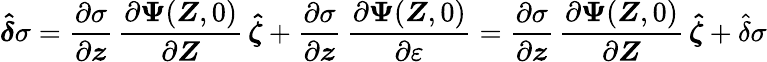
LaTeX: \boldsymbol{\hat{\delta}}\sigma=\frac{\partial\sigma}{\partial\boldsymbol z}\, \frac{\partial\boldsymbol{\Psi}(\boldsymbol{Z},0)}{\partial\boldsymbol Z}\, \boldsymbol{\hat{\zeta}}+\frac{\partial\sigma}{\partial\boldsymbol z}\, \frac{\partial\boldsymbol{\Psi}(\boldsymbol{Z},0)}{\partial\varepsilon}=\frac{\partial\sigma}{\partial\boldsymbol z}\, \frac{\partial\boldsymbol{\Psi}(\boldsymbol{Z},0)}{\partial\boldsymbol Z}\, \boldsymbol{\hat{\zeta}}+\hat{\delta}\sigma